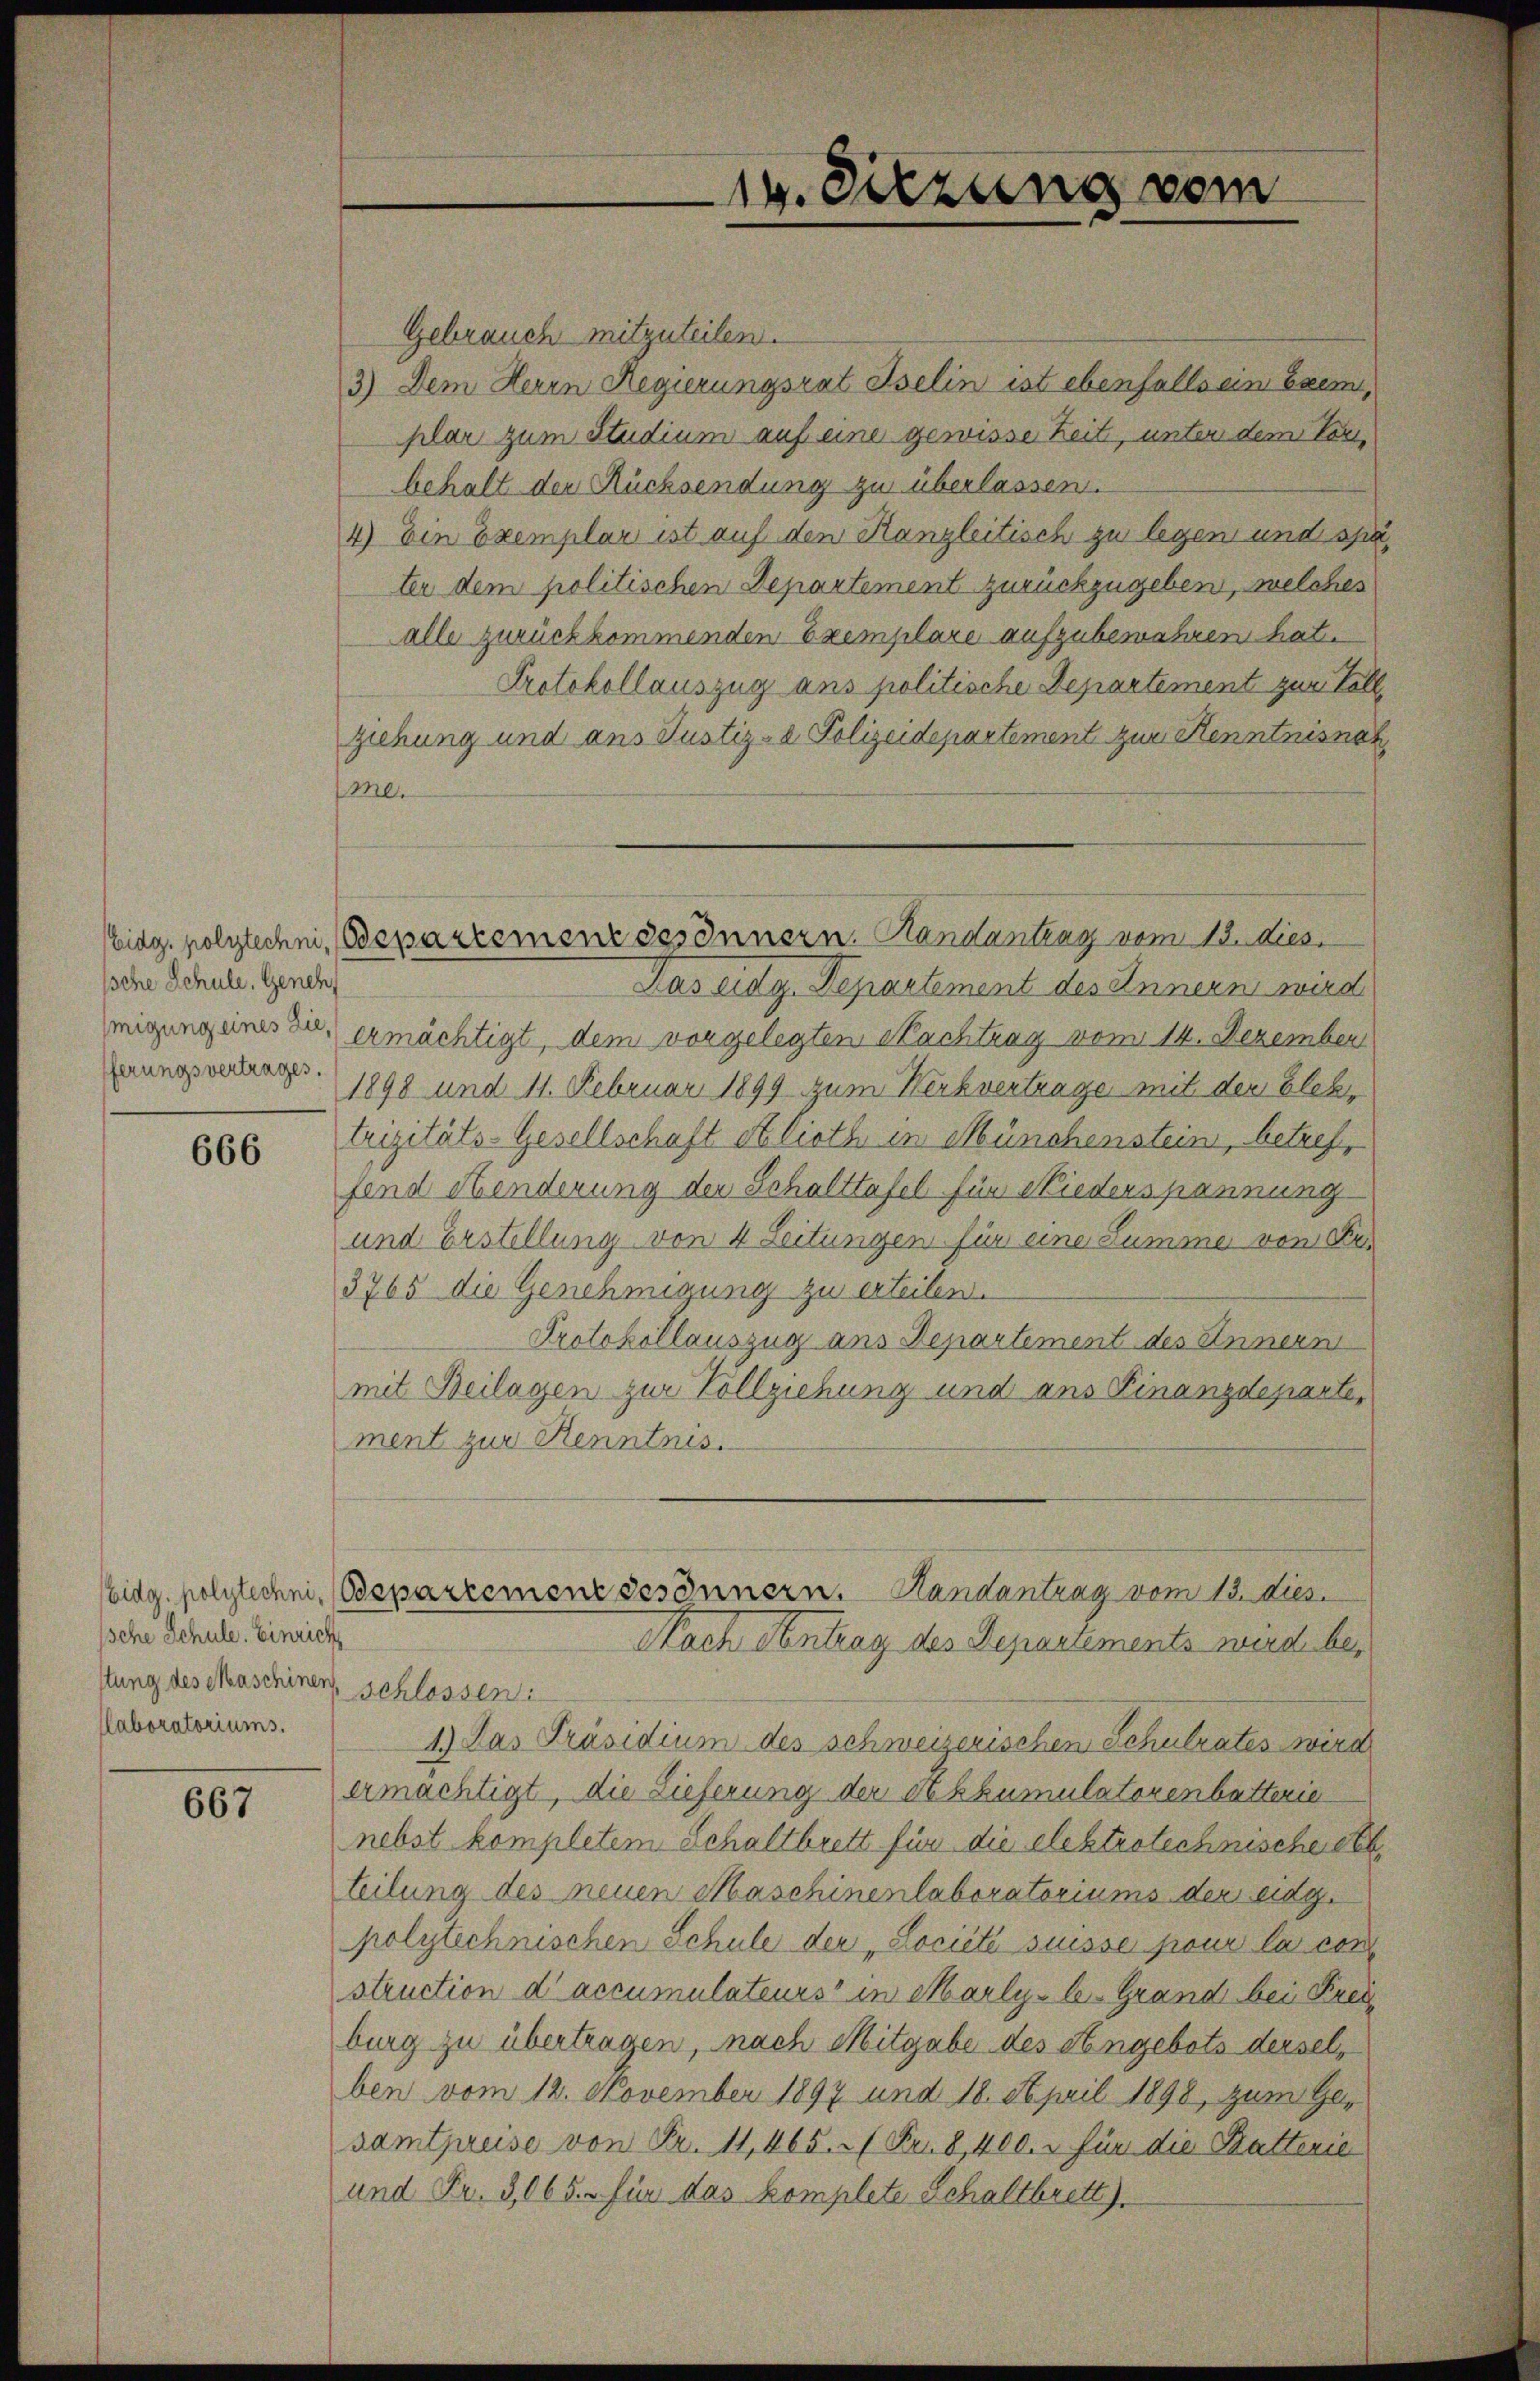
ische Schule, Geneh
ferungsvertrages.

666

Ische Schule. Einrich
stung des Maschinen, schlossen:
laboratoriums.

667

14. Sitzung vom

Gebrauch mitzuteilen.
3) Dem Herrn Regierungsrat Iselin ist ebenfalls ein beim
plar zum Studium auf eine gewisse Zeit, unter dem Verbehalt der Rücksendung zu überlassen.
4) Ein Exemplar ist auf den Kanzleitisch zu legen und spe
ter dem politischen Departement zurückzugeben, welches
alle zurückkommenden Exemplare aufzubewahren hat.
Protokollauszug ans politische Departement zur Voll
ziehung und ans Justiz- & Polizeidepartement zur Kenntnisnar
me.
Das eidg. Departement des Innern wird
igung eines die ermächtigt, dem vorgelegten Nachtrag vom 14. Dezember
1898 und 11. Februar 1899 zum Werbvertrage mit der Elektrizitäts-Gesellschaft et lioth in Münchenstein, betreffend Hinderung der Schalttafel für Niederspannung
und Erstellung von 4 Leitungen für eine Summe von Fr¬
3765 die Genehmigung zu erteilen.
Protokollauszug aus Departement des Innern
mit Beilagen zur Vollziehung und ans Finanzdeparte,
ment zur Kenntnis.
Eidg. polytechnis (Bepartement des Innern. Handantrag vom 13. dies
Nach Antrag des Departements wird be¬
1.) Das Präsidium des schweizerischen Schulrates wird
ermächtigt, die Lieferung der Skhumulatorenbütterie
nebst kompletem Schaltbrett für die elektrotechnische eth
teilung des neuen Maschinenlaboratoriums der eidg.
polytechnischen Schule der „Lociété suisse pour la con
struction d’accumulateurs in Marlyler-Grand bei Krei
burg zu übertragen, nach Mitgabe des Angebots derselben vom 12. November 1897 und 18. April 1898, zum Gesamtpreise von Fr. 11, 465.  Fr. 8400. u für die Batterie
und Fr. 3,065.- für das komplete Schaltbrett).

Eidg. polytechni, (Bepartemenz des Innern. Randantrag vom 13. dies